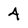
Character: 4